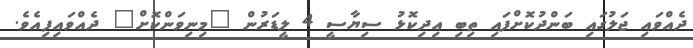
ދެއްވައި ޖަލުގައި ބަންދުކޮށްފައި ތިބި އިދިކޮޅު ސިޔާސީ 4 ލީޑަރުން "މިނިވަންކޮށް" ދެއްވައިފިއެވެ.